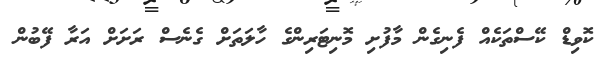
ކޮވިޑް ކޭސްތަކެއް ފެނިގެން މާފުށި މޮނިޓަރިންގެ ހާލަތަށް ގެނެސް ރަށަށް އަރާ ފޭބުން